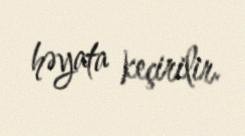
həyata keçirilir.